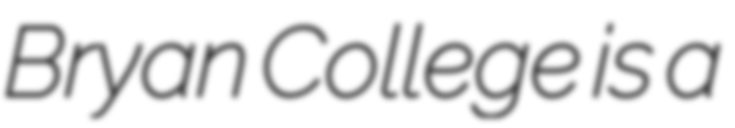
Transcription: Bryan College is a